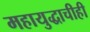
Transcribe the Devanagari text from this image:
महायुद्धाचीही